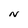
Character: N